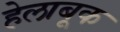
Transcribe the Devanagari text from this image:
हेलाबूक